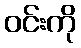
ဝင်းကို